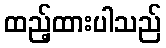
ထည့်ထားပါသည်